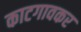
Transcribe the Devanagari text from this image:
काटगावकर